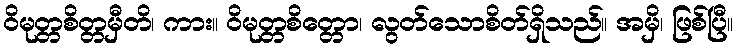
ဝိမုတ္တစိတ္တမှီတိ၊ ကား။ ဝိမုတ္တစိတ္တော၊ လွတ်သောစိတ်ရှိသည်။ အမှိ၊ ဖြစ်ပြီ။